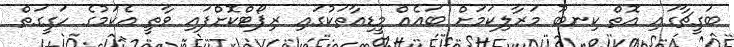
ބަގީޗާގައި އޮތް ކިނބޫ މަރާލިކަމަށް ބައެއް މީޑިއާތަކުގައި ރިޕޯޓްކޮށްފައި ވާތީ އެކަމުގެ ހަގީގަތް